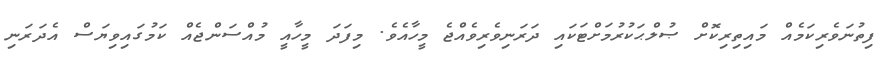
ފިތުނަވެރިކަމެއް މައިތިރިކޮށް ޞުލްޙަކުރުމަށްޓަކައި ދަރަނިވެރިވެއްޖެ މީހާއެވެ. މިފަދަ މީހާއީ މުއްސަންޖެއް ކަމުގައިވިޔަސް އެދަރަނި